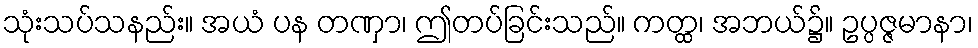
သုံးသပ်သနည်း။ အယံ ပန တဏှာ၊ ဤတပ်ခြင်းသည်။ ကတ္ထ၊ အဘယ်၌။ ဥပ္ပဇ္ဇမာနာ၊